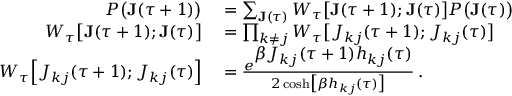
\begin{array} { r l } { P \big ( \mathbf { J } ( \tau + 1 ) \big ) } & { { } = \sum _ { \mathbf { J } ( \tau ) } W _ { \tau } \big [ \mathbf { J } ( \tau + 1 ) ; \mathbf { J } ( \tau ) \big ] P \big ( \mathbf { J } ( \tau ) \big ) } \\ { W _ { \tau } \big [ \mathbf { J } ( \tau + 1 ) ; \mathbf { J } ( \tau ) \big ] } & { { } = \prod _ { k \neq j } W _ { \tau } \big [ J _ { k j } ( \tau + 1 ) ; J _ { k j } ( \tau ) \big ] } \\ { W _ { \tau } \Big [ J _ { k j } ( \tau + 1 ) ; J _ { k j } ( \tau ) \Big ] } & { { } = \frac { e ^ { \displaystyle \beta J _ { k j } ( \tau + 1 ) h _ { k j } ( \tau ) } } { 2 \, \mathrm { c o s h } \big [ \beta h _ { k j } ( \tau ) \big ] } \, . } \end{array}